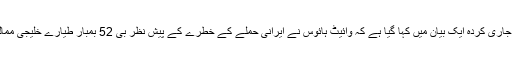
امریکی فضائیہ کی طرف سے جاری کردہ ایک بیان میں کہا گیا ہے کہ وائیٹ ہائوس نے ایرانی حملے کے خطرے کے پیش نظر بی 52 بمبار طیارے خلیجی ممالک کے اڈوں پرپہنچا دیئے ہیں۔